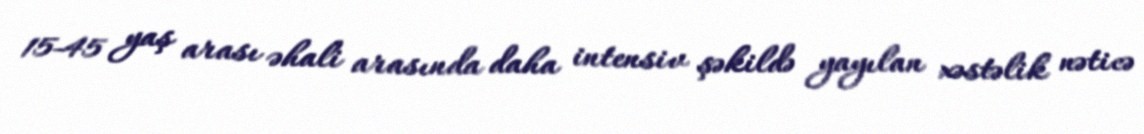
15-45 yaş arası əhali arasında daha intensiv şəkildə yayılan xəstəlik nəticə